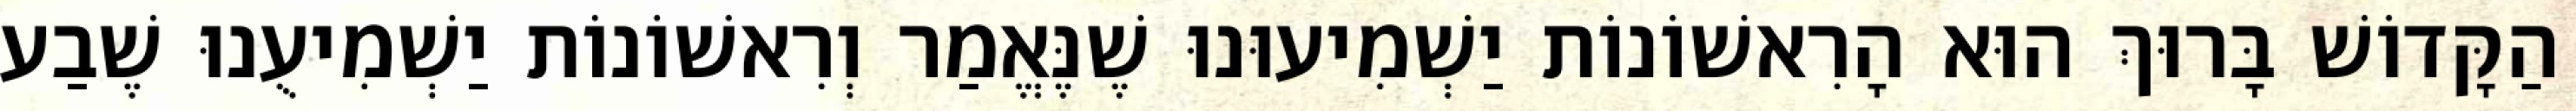
הַקָּדוֹשׁ בָּרוּךְ הוּא הָרִאשׁוֹנוֹת יַשְׁמִיעוּנוּ שֶׁנֶּאֱמַר וְרִאשׁוֹנוֹת יַשְׁמִיעֻנוּ שֶׁבַע